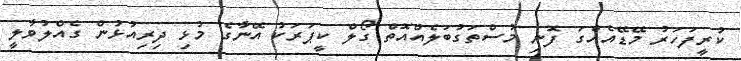
ކުރީފަހަރު މޭޑޭއެއްގަ ފޮނި މުސްތަގުބަލެއްއޮތް ގޯލް ކީޕަރަކު އޭނާގެ މުޅި ދިރިއުޅުން ގެއްލުވާލީ